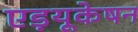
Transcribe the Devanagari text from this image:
एड़यूकेषन